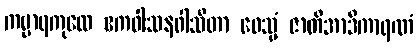
ကမ္မာရကုလေ ဧကဝါသနဝါသိတာ ဝေသ္မံ ဇာတိအာဒိကာရဏံ